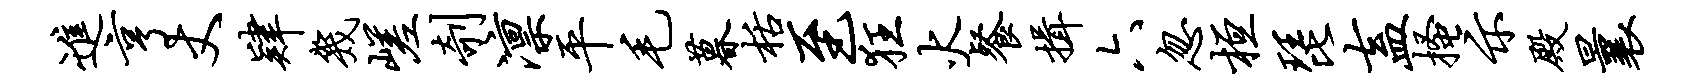
进亨丈肄几嵯剞凛平毛暮栝至狂火餐揖六忽桓琵盍搔示殿曩